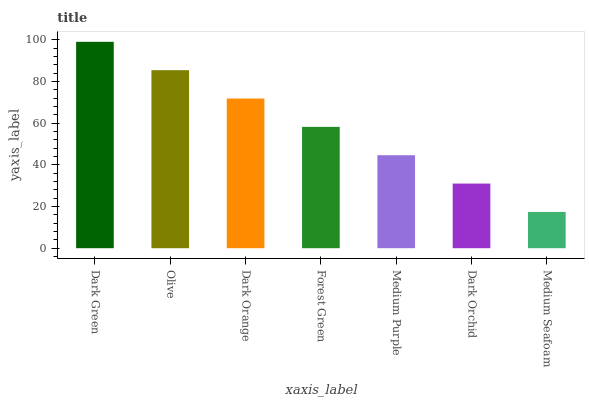
| xaxis_label | bars |
 | --- | --- |
 | Dark Green | 99 |
 | Olive | 85.4 |
 | Dark Orange | 71.8 |
 | Forest Green | 58.2 |
 | Medium Purple | 44.6 |
 | Dark Orchid | 31 |
 | Medium Seafoam | 17.4 |